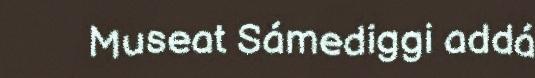
Museat Sámediggi addá